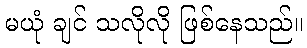
မယုံ ချင် သလိုလို ဖြစ်နေသည်။